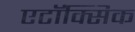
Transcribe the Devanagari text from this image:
एटॉक्सिक